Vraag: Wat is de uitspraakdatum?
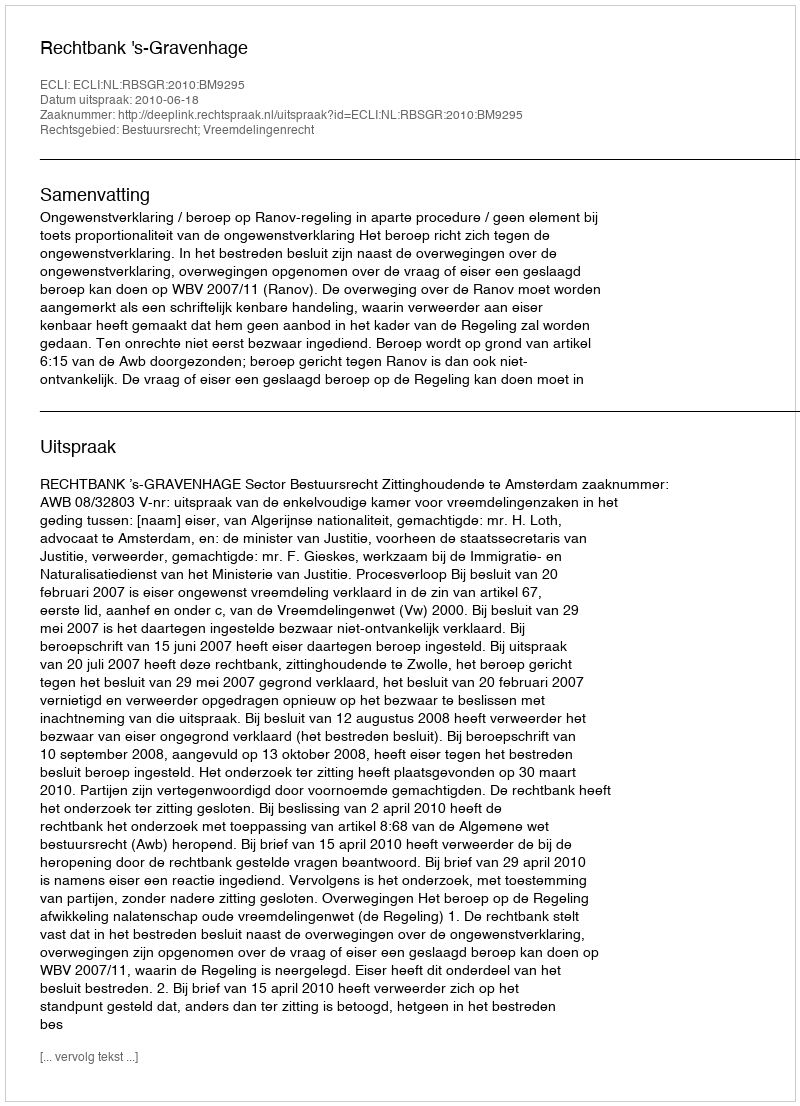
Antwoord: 2010-06-18